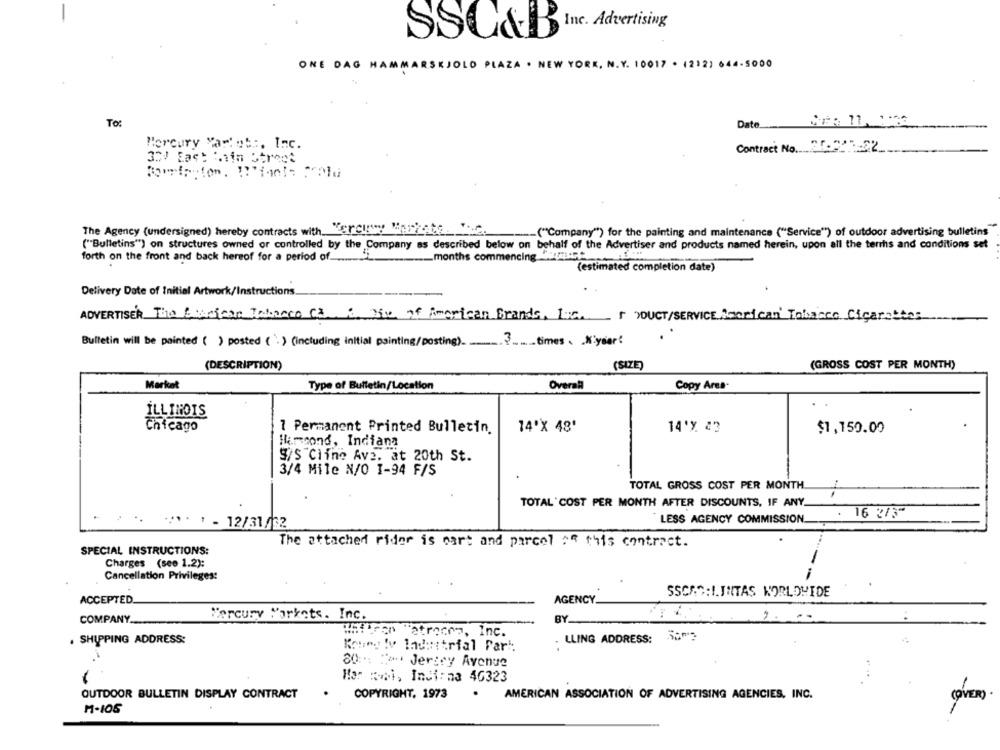
c. Advertising
SSC&B
ONE DAG HAMMARSKJOLD PLAZA . NEW YORK, N. Y. 10017 . (212) 644-5000
To:
Date
Mercury Varlets, Inc.
Contract No .... 25-27-22
30/ East Main Street
The Agency (undersigned) hereby contracts with. "erciwy Manhate ......
("Company") for the painting and maintenance ("Service") of outdoor advertising bulletins
("Bulletins") on structures owned or controlled by the Company as described below on behalf of the Advertiser and products named herein, upon all the terms and conditions set
forth on the front and back hereof for a period of.
_months commencing
(estimated completion date)
Delivery Date of Initial Artwork/Instructions.
ADVERTISER The Barican Tabacco Ca. 1. Die of American Brands, Inc. + YOUCT/SERVICE American Tobacco Cigarettes
Bulletin will be painted ( ) posted (.) (including initial painting/posting). 3 times . N'yser:
(DESCRIPTION)
(SIZE)
(GROSS COST PER MONTH)
Market
Type of Bulletin/Location
Overall
Copy Ares-
ILLINOIS
Chicago
14'X 48'
14'y. 23
7 Permanent Printed Bulletin.
$1,150.00
Himcond, Indiana
S/S Cline Ave. at 20th St.
3/4 Mile N/0 1-94 F/S
TOTAL GROSS COST PER MONTH
TOTAL COST PER MONTH AFTER DISCOUNTS, IF ANY.
LESS AGENCY COMMISSION . 16 2/3"
.*** )- 12/31/32
The attached rider is cart and parcel as this contract.
SPECIAL INSTRUCTIONS:
Charges (see 1.2):
Cancellation Privileges:
SSCRO:I.INTAS WORLDWIDE
ACCEPTED.
AGENCY.
COMPANY.
Mercury Markets. Inc.
BY
2. ..
. SHIPPING ADDRESS:
. LLING ADDRESS:
Kores ly Industrial Pari:
80 :.: " **** Jersey Avenue
Her :i, Indi: na 46323
OUTDOOR BULLETIN DISPLAY CONTRACT
COPYRIGHT, 1973
.
AMERICAN ASSOCIATION OF ADVERTISING AGENCIES, INC.
(OVER)
M-105